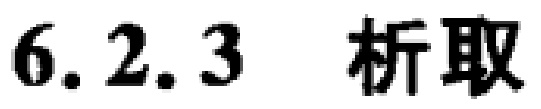
6.2.3  析取